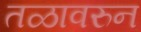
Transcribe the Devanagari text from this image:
तळावरुन